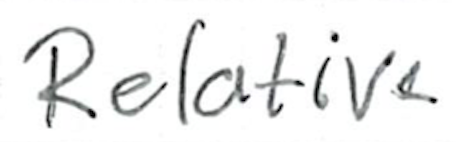
Text: Relative
Cross-out: clean
Writing tool: ballpoint